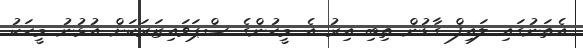
އެތަނުގައި ލައިފް ގާޑުން ތިބި އިރު އެ މީހުންގެ ސްޕަވައިޒަރަކަށް އުޅުނު މީހަކު